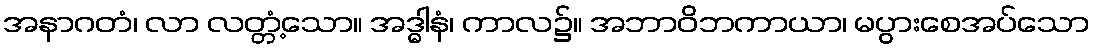
အနာဂတံ၊ လာ လတ္တံ့သော။ အဒ္ဓါနံ၊ ကာလ၌။ အဘာဝိဘကာယာ၊ မပွားစေအပ်သော